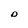
Character: D